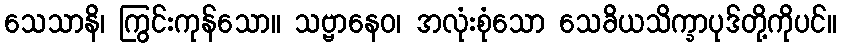
သေသာနိ၊ ကြွင်းကုန်သော။ သဗ္ဗာနေဝ၊ အလုံးစုံသော သေခိယသိက္ခာပုဒ်တို့ကိုပင်။